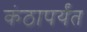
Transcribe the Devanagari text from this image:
कंठापर्यंत